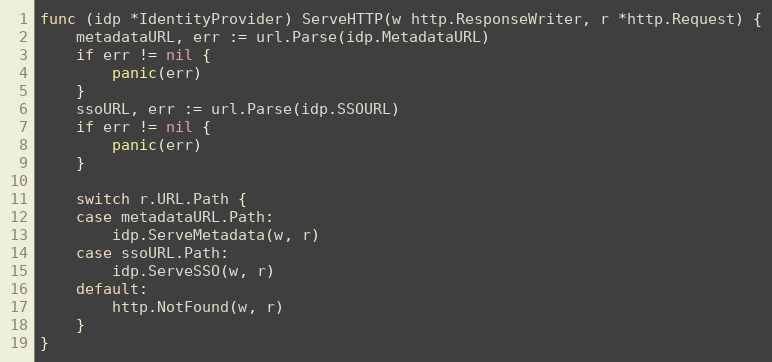
Language: Go
func (idp *IdentityProvider) ServeHTTP(w http.ResponseWriter, r *http.Request) {
	metadataURL, err := url.Parse(idp.MetadataURL)
	if err != nil {
		panic(err)
	}
	ssoURL, err := url.Parse(idp.SSOURL)
	if err != nil {
		panic(err)
	}

	switch r.URL.Path {
	case metadataURL.Path:
		idp.ServeMetadata(w, r)
	case ssoURL.Path:
		idp.ServeSSO(w, r)
	default:
		http.NotFound(w, r)
	}
}